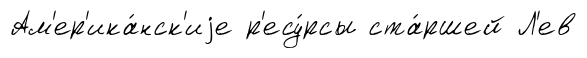
Ам'ер'ика́нск'иjе р'есу́рсы ста́ршей Л'ев